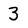
Character: 3